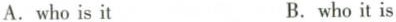
A.who is it B.who it is